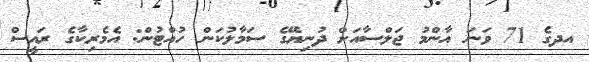
އދގެ 71 ވަނަ އާންމު ޖަލްސާއަށް ދުނިޔޭގެ ސަމާލުކަން ހުއްޓުން: އެމެރިކާގެ ރައީސް